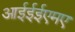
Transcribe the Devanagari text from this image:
आईईईएमए